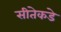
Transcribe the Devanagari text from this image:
सीतेकडे